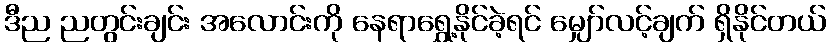
ဒီည ညတွင်းချင်း အလောင်းကို နေရာရွှေ့နိုင်ခဲ့ရင် မျှော်လင့်ချက် ရှိနိုင်တယ်